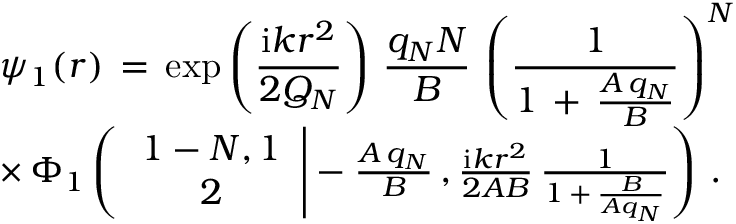
\begin{array} { l } { \displaystyle \psi _ { 1 } ( \boldsymbol { r } ) \, = \, \exp \left( \frac { \mathrm { i } k r ^ { 2 } } { 2 Q _ { N } } \right) \, \frac { q _ { N } N } { B } \, \left( \frac { 1 } { 1 \, + \, \frac { A \, q _ { N } } { B } } \right) ^ { N } \, } \\ { \times \, \Phi _ { 1 } \left( \left. \begin{array} { c } { 1 - N , 1 } \\ { 2 } \end{array} \right| - \frac { A \, q _ { N } } { B } \, , \frac { \mathrm { i } k r ^ { 2 } } { 2 A B } \, \frac 1 { 1 \, + \, \frac B { A q _ { N } } } \right) \, . } \end{array}